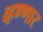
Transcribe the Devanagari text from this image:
व्हण्णार